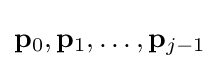
\mathbf {p} _{0},\mathbf {p} _{1},\dots ,\mathbf {p} _{j-1}